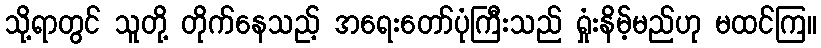
သို့ရာတွင် သူတို့ တိုက်နေသည့် အရေးတော်ပုံကြီးသည် ရှုံးနိမ့်မည်ဟု မထင်ကြ။